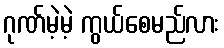
ဂုဏ်မဲ့မဲ့ ကွယ်စေမည်လား